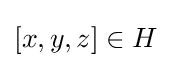
[x,y,z]\in H